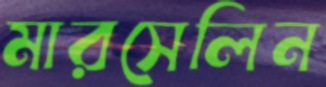
মারসেলিন